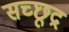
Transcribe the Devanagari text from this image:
सच्छूद्र